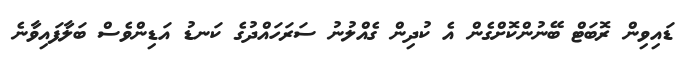
ޑައިވިން ރޮބަޓް ބޭނުންކޮށްގެން އެ ކުދިން ގެއްލުނު ސަރަހައްދުގެ ކަނޑު އަޑިންވެސް ބަލާފައިވާނެ